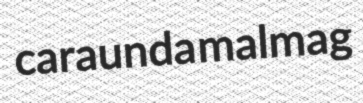
caraunda malmag